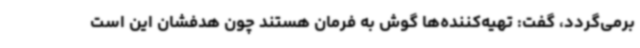
برمی‌گردد، گفت: تهیه‌کننده‌ها گوش به فرمان هستند چون هدفشان این است